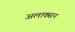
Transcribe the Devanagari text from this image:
अलाक्सन